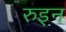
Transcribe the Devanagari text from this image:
रुइन